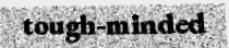
tough-minded